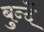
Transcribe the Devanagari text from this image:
बुन्दें